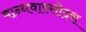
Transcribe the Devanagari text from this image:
बान्धवास्सोदरा